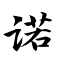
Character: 诺